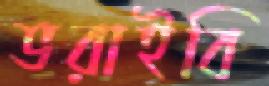
ভরাইবি